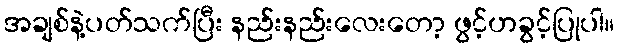
အချစ်နဲ့ပတ်သက်ပြီး နည်းနည်းလေးတော့ ဖွင့်ဟခွင့်ပြုပါ။